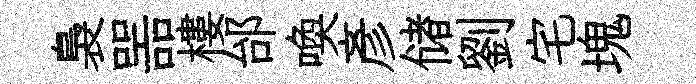
裊噐樓邰喚彦储劉宅塊